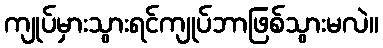
ကျုပ်မှားသွားရင်ကျုပ်ဘာဖြစ်သွားမလဲ။